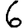
Digit: 6